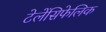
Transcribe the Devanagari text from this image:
टेलेंसिफेलिक